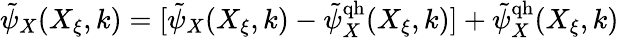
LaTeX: \tilde{\psi}_{X}(X_{\xi},k)=[\tilde{\psi}_{X}(X_{\xi},k)-\tilde{\psi}_{X}^{\mathrm{qh}}(X_{\xi},k)]+\tilde{\psi}_{X}^{\mathrm{qh}}(X_{\xi},k)